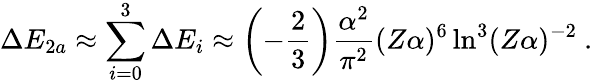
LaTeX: \Delta E_{2a}\approx\sum_{i=0}^{3}\Delta E_{i}\approx\left(-\frac{2}{3}\right)\frac{\alpha^{2}}{\pi^{2}}(Z\alpha)^{6}\ln^{3}(Z\alpha)^{-2}\ .